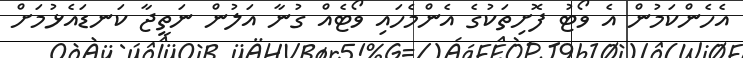
އެހެންކަމުން އެ ވޯޓު ފޮށިތަކުގެ އެންމެހައި ވޯޓެއް ގުނާ އަލުން ނަތީޖާ ކަނޑައެޅުމަށް